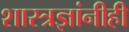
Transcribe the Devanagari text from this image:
शास्त्रज्ञांनीही